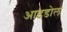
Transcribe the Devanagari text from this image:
आइडोल